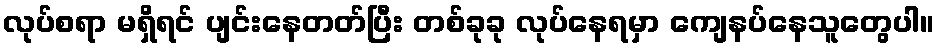
လုပ်စရာ မရှိရင် ပျင်းနေတတ်ပြီး တစ်ခုခု လုပ်နေရမှာ ကျေနပ်နေသူတွေပါ။